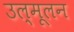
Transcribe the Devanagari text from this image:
उल्मूलन